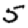
Digit: 5